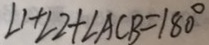
\angle 1 + \angle 2 + \angle A C B = 1 8 0 ^ { \circ }